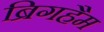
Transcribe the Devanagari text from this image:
ब्रिगहैम